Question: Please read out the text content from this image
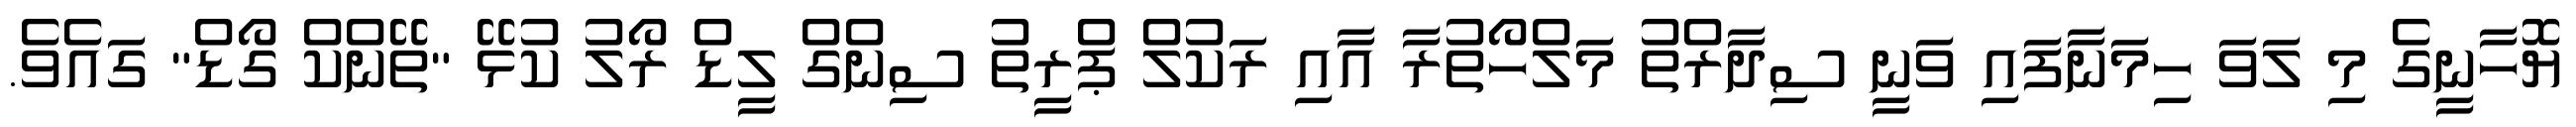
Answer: ޔޮހާނީގެ މި ލަވަ ހިމަނާފައި ވަނީ ސިދާރްތު މަލްހޯތުރާ އާއި ރަކުލް ޕްރީތު ސިންގް ލީޑް ރޯލު ކުޅޭ "ތޭންކް ގޯޑް" ގައެވެ.